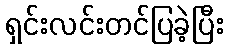
ရှင်းလင်းတင်ပြခဲ့ပြီး